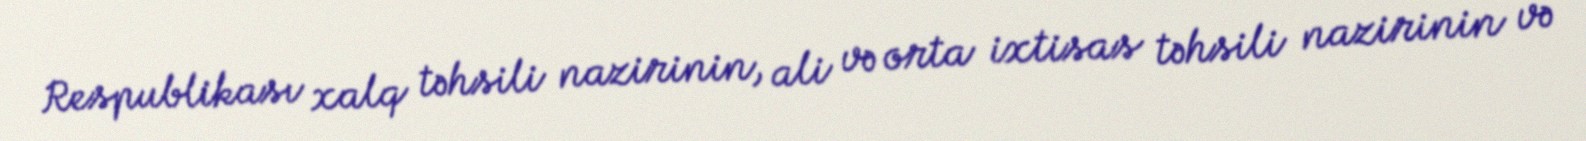
Respublikası xalq təhsili nazirinin, ali və orta ixtisas təhsili nazirinin və